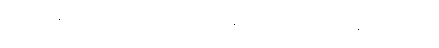
၂၀၂၅ ခုနှစ် ဩဂုတ် ၁ ရက်ကစပြီး မြန်မာကနေ အမေရိကန်ကို တင်ပို့တဲ့